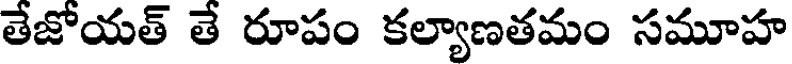
తేజోయత్ తే రూపం కల్యాణతమం సమూహ